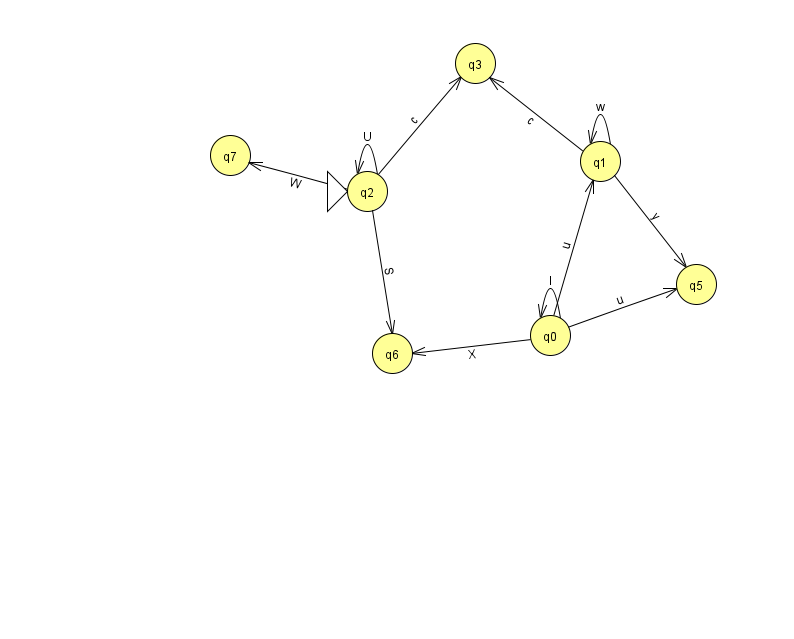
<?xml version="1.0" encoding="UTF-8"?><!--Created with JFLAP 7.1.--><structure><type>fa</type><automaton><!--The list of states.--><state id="0" name="q0"><x>550.0</x><y>322.0</y></state><state id="1" name="q1"><x>600.0</x><y>148.0</y></state><state id="2" name="q2"><x>367.0</x><y>178.0</y><initial/></state><state id="3" name="q3"><x>475.0</x><y>50.0</y></state><state id="5" name="q5"><x>696.0</x><y>271.0</y></state><state id="6" name="q6"><x>392.0</x><y>340.0</y></state><state id="7" name="q7"><x>230.0</x><y>142.0</y></state><!--The list of transitions.--><transition><from>1</from><to>3</to><read>c</read></transition><transition><from>1</from><to>5</to><read>y</read></transition><transition><from>2</from><to>3</to><read>c</read></transition><transition><from>0</from><to>5</to><read>u</read></transition><transition><from>2</from><to>2</to><read>U</read></transition><transition><from>2</from><to>7</to><read>W</read></transition><transition><from>1</from><to>1</to><read>w</read></transition><transition><from>0</from><to>0</to><read>I</read></transition><transition><from>2</from><to>6</to><read>S</read></transition><transition><from>0</from><to>6</to><read>X</read></transition><transition><from>0</from><to>1</to><read>u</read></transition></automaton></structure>